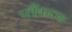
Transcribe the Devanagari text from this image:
प्लैंकटन